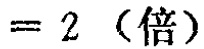
$= 2 \ （倍）$